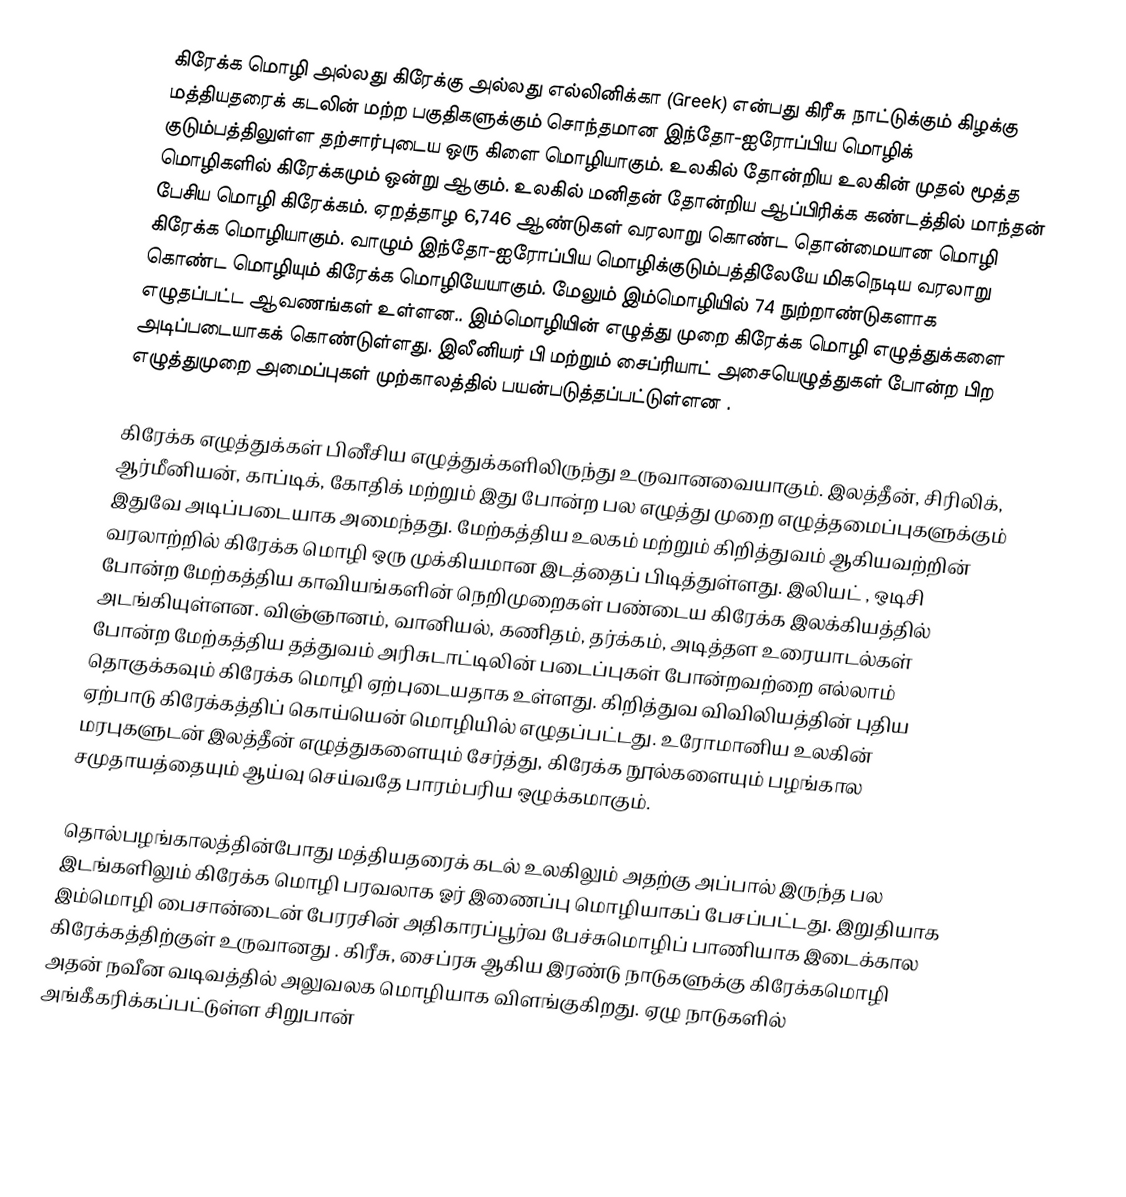
கிரேக்க மொழி அல்லது கிரேக்கு அல்லது எல்லினிக்கா (Greek) என்பது கிரீசு நாட்டுக்கும் கிழக்கு மத்தியதரைக் கடலின் மற்ற பகுதிகளுக்கும் சொந்தமான இந்தோ-ஐரோப்பிய மொழிக் குடும்பத்திலுள்ள தற்சார்புடைய ஒரு கிளை மொழியாகும். உலகில் தோன்றிய உலகின் முதல் மூத்த மொழிகளில் கிரேக்கமும் ஒன்று ஆகும். உலகில் மனிதன் தோன்றிய ஆப்பிரிக்க கண்டத்தில் மாந்தன் பேசிய மொழி கிரேக்கம். ஏறத்தாழ 6,746 ஆண்டுகள் வரலாறு கொண்ட தொன்மையான மொழி கிரேக்க மொழியாகும். வாழும் இந்தோ-ஐரோப்பிய மொழிக்குடும்பத்திலேயே மிகநெடிய வரலாறு கொண்ட மொழியும் கிரேக்க மொழியேயாகும். மேலும் இம்மொழியில் 74 நுற்றாண்டுகளாக எழுதப்பட்ட ஆவணங்கள்  உள்ளன.. இம்மொழியின் எழுத்து முறை கிரேக்க மொழி எழுத்துக்களை அடிப்படையாகக் கொண்டுள்ளது. இலீனியர் பி மற்றும் சைப்ரியாட் அசையெழுத்துகள்  போன்ற பிற எழுத்துமுறை அமைப்புகள் முற்காலத்தில் பயன்படுத்தப்பட்டுள்ளன .

கிரேக்க எழுத்துக்கள் பினீசிய எழுத்துக்களிலிருந்து  உருவானவையாகும். இலத்தீன், சிரிலிக், ஆர்மீனியன், காப்டிக், கோதிக் மற்றும் இது போன்ற பல எழுத்து முறை  எழுத்தமைப்புகளுக்கும் இதுவே அடிப்படையாக அமைந்தது. மேற்கத்திய உலகம் மற்றும் கிறித்துவம் ஆகியவற்றின் வரலாற்றில் கிரேக்க மொழி ஒரு முக்கியமான இடத்தைப் பிடித்துள்ளது. இலியட் , ஒடிசி போன்ற மேற்கத்திய காவியங்களின்  நெறிமுறைகள் பண்டைய கிரேக்க இலக்கியத்தில் அடங்கியுள்ளன. விஞ்ஞானம், வானியல், கணிதம், தர்க்கம், அடித்தள உரையாடல்கள் போன்ற மேற்கத்திய தத்துவம்   அரிசுடாட்டிலின் படைப்புகள் போன்றவற்றை எல்லாம் தொகுக்கவும் கிரேக்க மொழி ஏற்புடையதாக உள்ளது. கிறித்துவ விவிலியத்தின் புதிய ஏற்பாடு கிரேக்கத்திப் கொய்யென் மொழியில் எழுதப்பட்டது. உரோமானிய உலகின் மரபுகளுடன் இலத்தீன் எழுத்துகளையும் சேர்த்து, கிரேக்க நூல்களையும் பழங்கால சமுதாயத்தையும் ஆய்வு செய்வதே பாரம்பரிய ஒழுக்கமாகும்.

தொல்பழங்காலத்தின்போது மத்தியதரைக் கடல் உலகிலும் அதற்கு அப்பால் இருந்த பல இடங்களிலும் கிரேக்க மொழி பரவலாக ஓர் இணைப்பு மொழியாகப் பேசப்பட்டது. இறுதியாக இம்மொழி பைசான்டைன் பேரரசின் அதிகாரப்பூர்வ பேச்சுமொழிப் பாணியாக இடைக்கால கிரேக்கத்திற்குள் உருவானது . கிரீசு, சைப்ரசு ஆகிய இரண்டு நாடுகளுக்கு கிரேக்கமொழி அதன் நவீன வடிவத்தில் அலுவலக மொழியாக விளங்குகிறது. ஏழு நாடுகளில் அங்கீகரிக்கப்பட்டுள்ள சிறுபான்